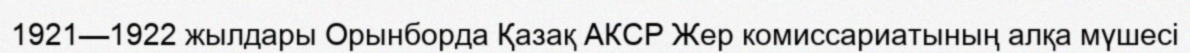
1921—1922 жылдары Орынборда Қазақ АКСР Жер комиссариатының алқа мүшесі